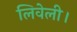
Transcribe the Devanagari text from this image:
लिवेली।